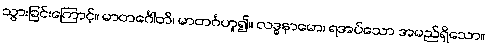
သွားခြင်းကြောင့်။ မာတင်္ဂေါတိ၊ မာတင်္ဂဟူ၍။ လဒ္ဓနာမော၊ ရအပ်သော အမည်ရှိသော။